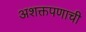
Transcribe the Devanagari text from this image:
अशक्तपणाची